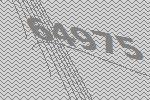
64975